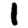
Digit: 1